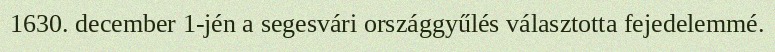
1630. december 1-jén a segesvári országgyűlés választotta fejedelemmé.